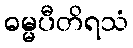
ဓမ္မပီတိရသံ